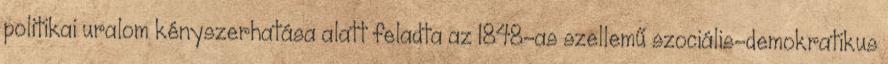
politikai uralom kényszerhatása alatt feladta az 1848-as szellemű szociális-demokratikus